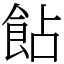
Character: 䬯